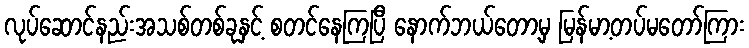
လုပ်ဆောင်နည်းအသစ်တစ်ခုနှင့် စတင်နေကြပြီ နောက်ဘယ်တော့မှ မြန်မာ့တပ်မတော်ကြား